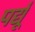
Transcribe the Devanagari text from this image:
पर्द्यू